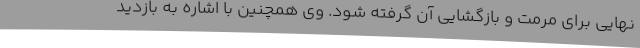
نهایی برای مرمت و بازگشایی آن گرفته شود. وی همچنین با اشاره به بازدید